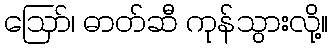
ဪ၊ ဓာတ်ဆီ ကုန်သွားလို့။